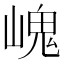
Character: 㟴